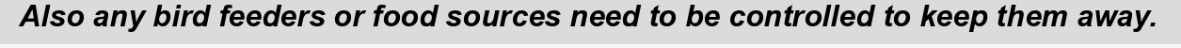
Also any bird feeders or food sources need to be controlled to keep them away.